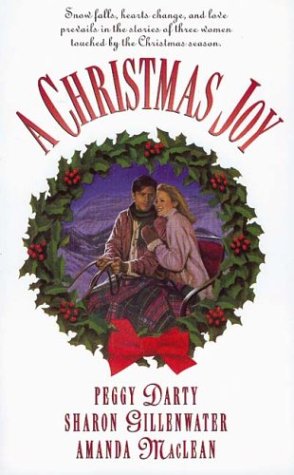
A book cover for Christmas Joy: Snowflakes/Love Wanted/Gift of Love (HeartQuest Holiday Anthology); Peggy Darty; Religion & Spirituality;